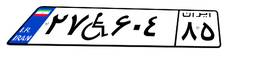
۲۷W۶۰۴۸۵